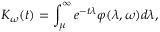
K _ { \omega } ( t ) = \int _ { \mu } ^ { \infty } e ^ { - t \lambda } \varphi ( \lambda , \omega ) d \lambda ,